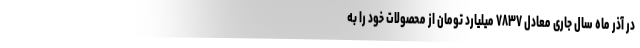
در آذر ماه سال جاری معادل ۷۸۳۷ میلیارد تومان از محصولات خود را به